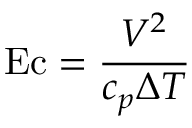
\mathrm { E c } = { \frac { V ^ { 2 } } { c _ { p } \Delta T } }